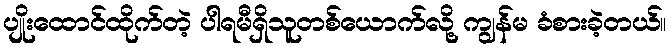
ပျိုးထောင်ထိုက်တဲ့ ပါရမီရှိသူတစ်ယောက်လို့ ကျွန်မ ခံစားခဲ့တယ်။